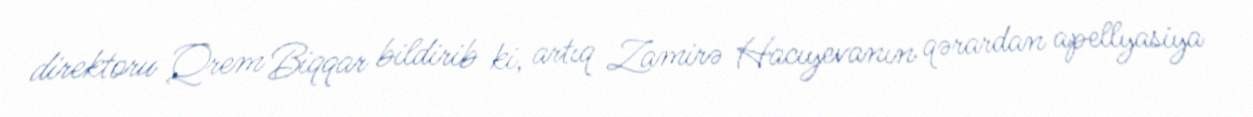
direktoru Qrem Biqqar bildirib ki, artıq Zamirə Hacıyevanın qərardan apellyasiya